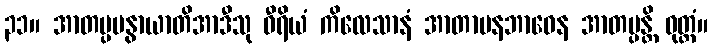
၃၁။ အာတပ္ပမနွာယာတိအာဒီသု ဝီရိယံ ကိလေသာနံ အာတာပနဘာဝေန အာတပ္ပန္တိ ဝုတ္တံ။